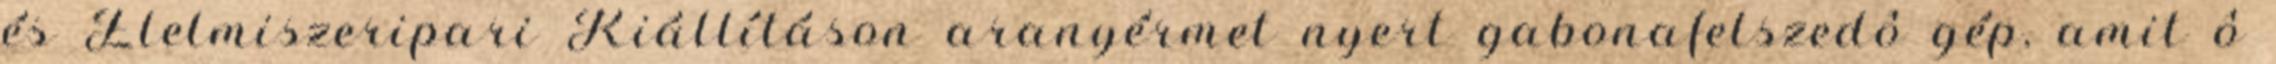
és Élelmiszeripari Kiállításon aranyérmet nyert gabonafelszedô gép, amit ô